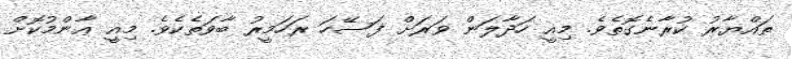
ތައްޔާރު ކުރާނެގޮތެވެ. މިއީ ހަދާލަން ވަރަށް ފަސޭހަ ރަހަމީރު ބާވަތެކެވެ. މިއީ ޢާންމުކޮށް